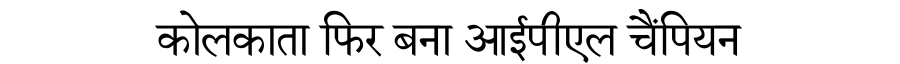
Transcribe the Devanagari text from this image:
कोलकाता फिर बना आईपीएल चैंपियन